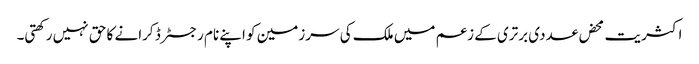
اکثریت محض عددی برتری کے زعم میں ملک کی سرزمین کو اپنے نام رجسٹرڈ کرانے کا حق نہیں رکھتی۔